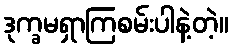
ဒုက္ခမရှာကြစမ်းပါနဲ့တဲ့။